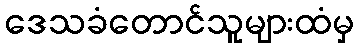
ဒေသခံတောင်သူများထံမှ